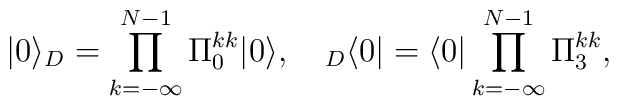
| 0  \rangle_D=\prod_{k=-\infty}^{N-1} \Pi_0^{kk}|0\rangle,\quad{}_D\langle 0|= \langle 0|\prod_{k=-\infty}^{N-1}\Pi_3^{kk},